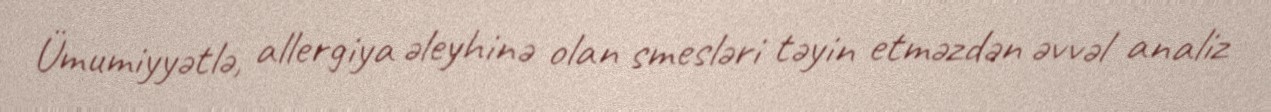
Ümumiyyətlə, allergiya əleyhinə olan smesləri təyin etməzdən əvvəl analiz